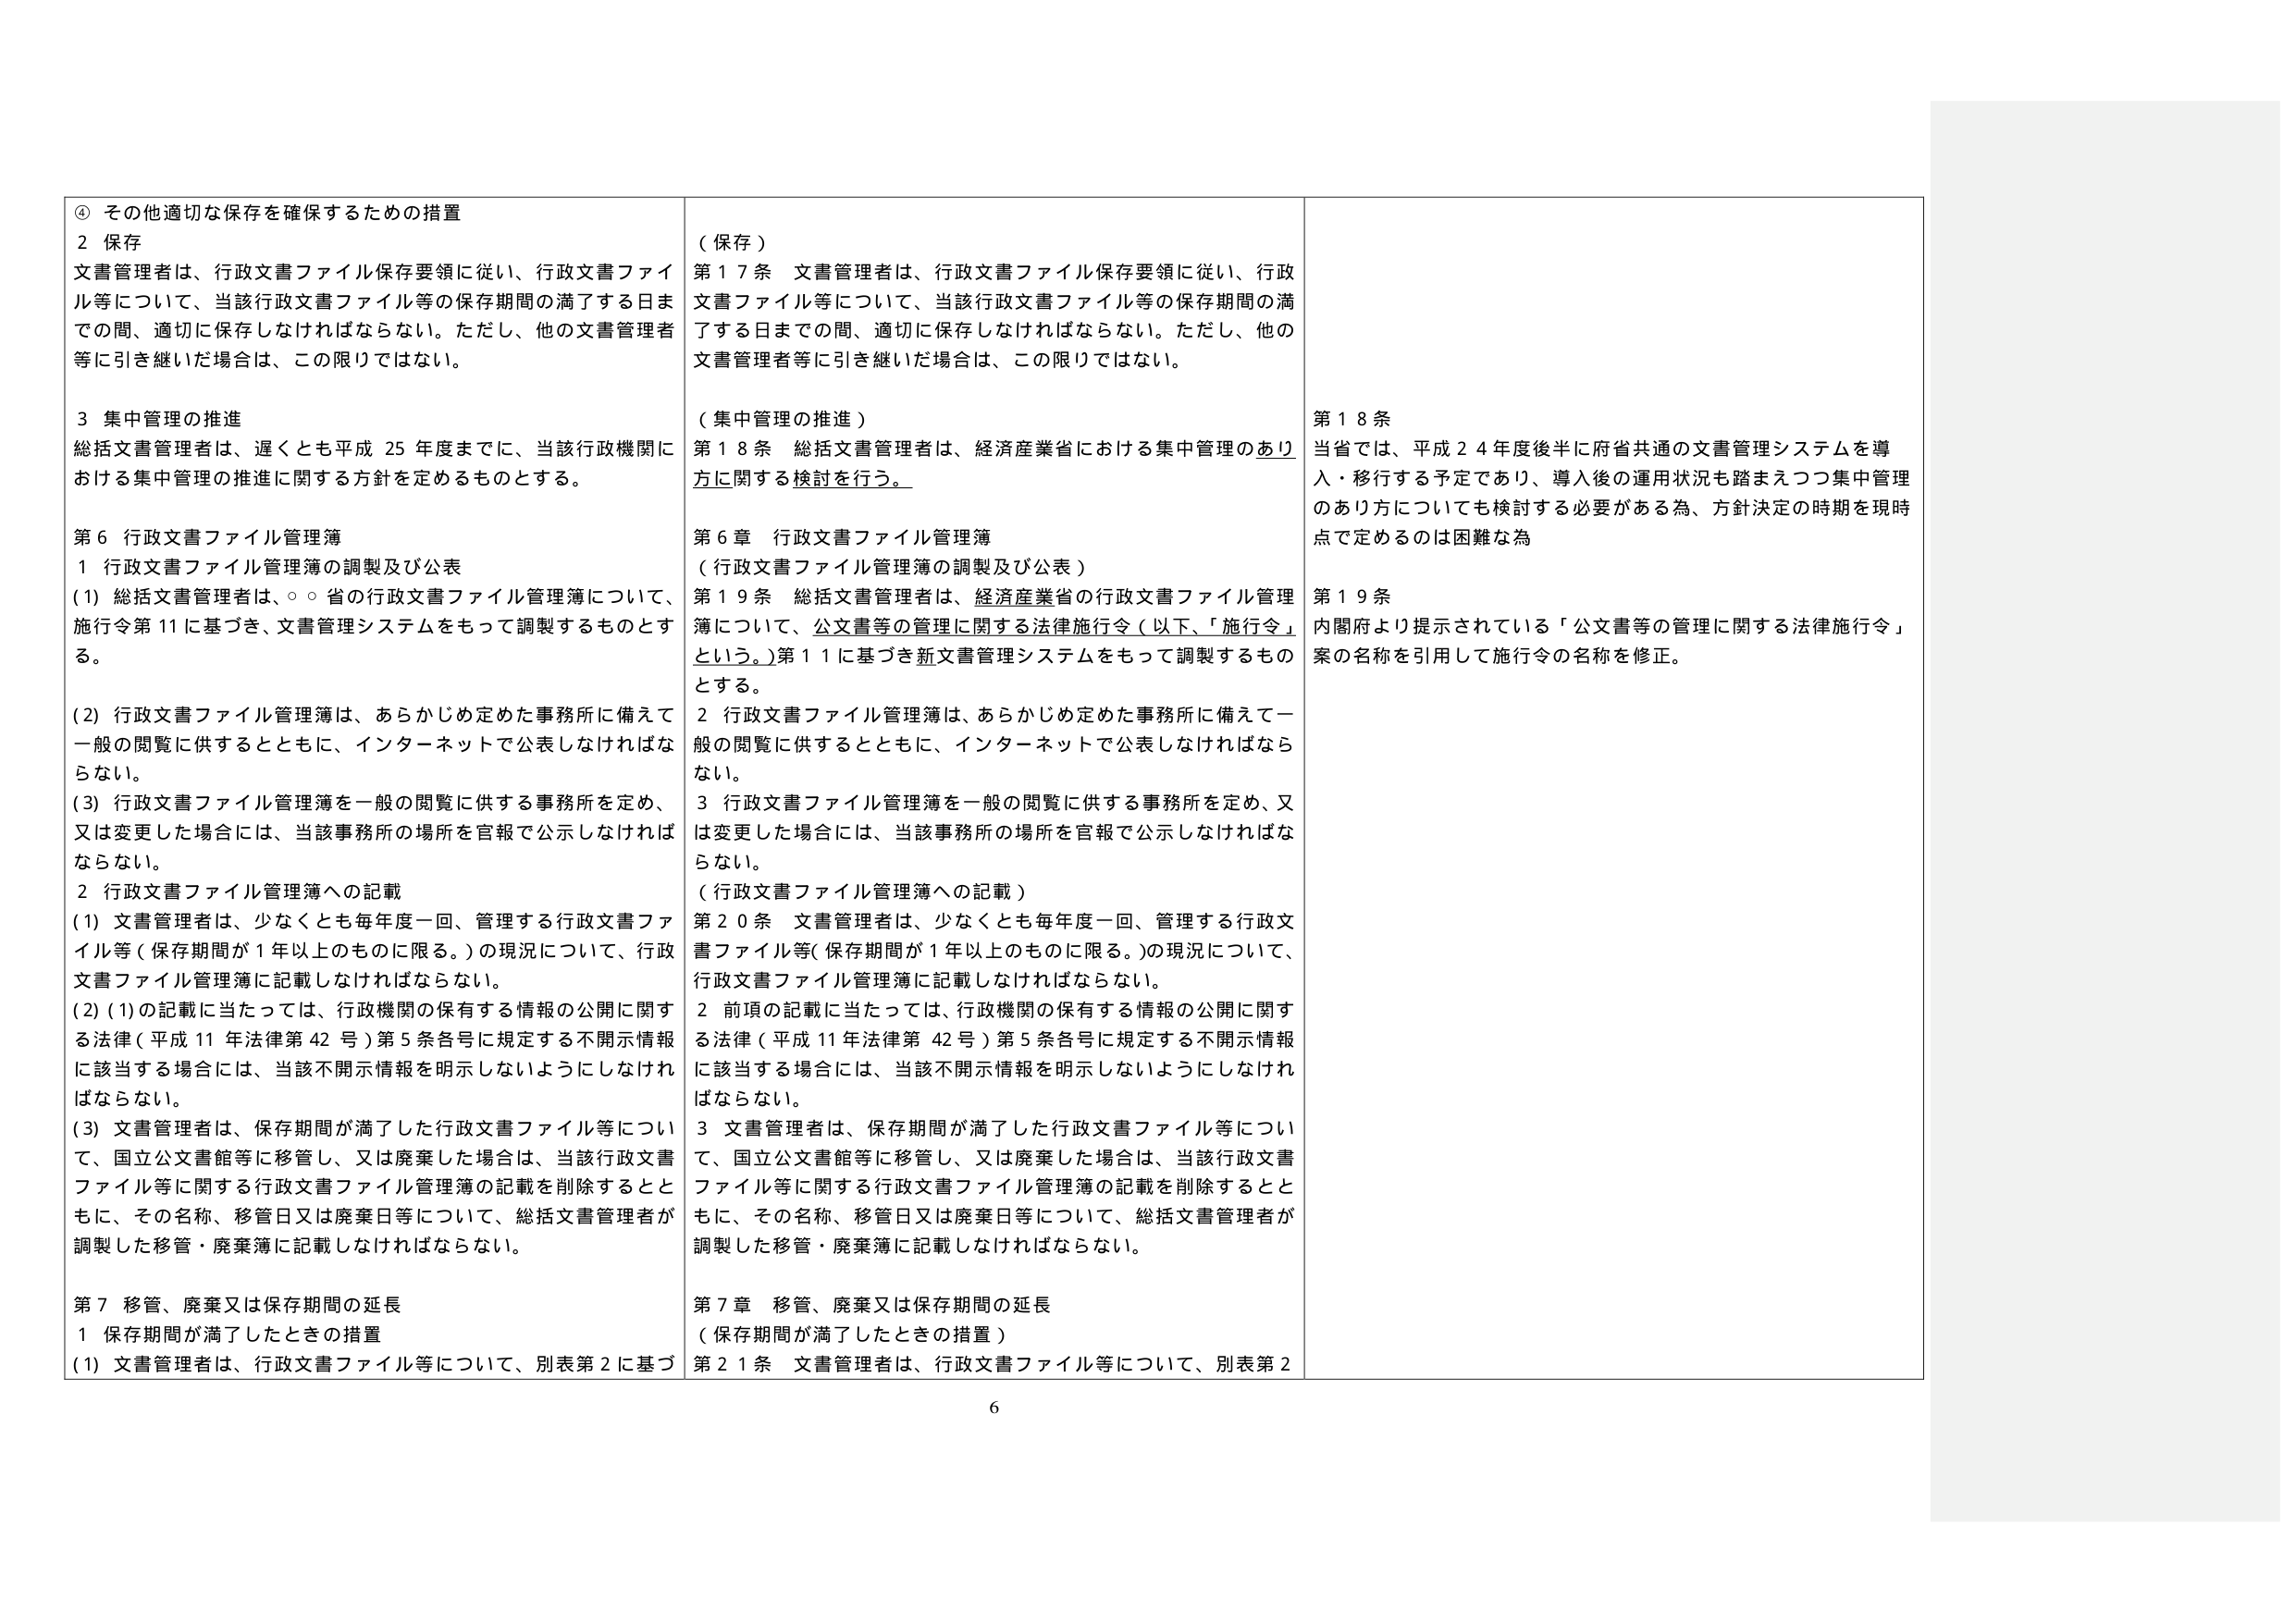
④ その他適切な保存を確保するための措置
2 保存
文書管理者は、行政文書ファイル保存要領に従い、行政文書ファイル等について、当該行政文書ファイル等の保存期間の満了する日までの間、適切に保存しなければならない。ただし、他の文書管理者等に引き継いだ場合は、この限りではない。

3 集中管理の推進
総括文書管理者は、遅くとも平成25年度までに、当該行政機関における集中管理の推進に関する方針を定めるものとする。

第6 行政文書ファイル管理簿
1 行政文書ファイル管理簿の調製及び公表
(1) 総括文書管理者は、○○省の行政文書ファイル管理簿について、施行令第11に基づき、文書管理システムをもって調製するものとする。
(2) 行政文書ファイル管理簿は、あらかじめ定めた事務所に備えて一般の閲覧に供するとともに、インターネットで公表しなければならない。
(3) 行政文書ファイル管理簿を一般の閲覧に供する事務所を定め、又は変更した場合には、当該事務所の場所を官報で公示しなければならない。

2 行政文書ファイル管理簿への記載
(1) 文書管理者は、少なくとも毎年度一回、管理する行政文書ファイル等（保存期間が1年以上のものに限る。）の現況について、行政文書ファイル管理簿に記載しなければならない。
(2) (1)の記載に当たっては、行政機関の保有する情報の公開に関する法律（平成11年法律第42号）第5条各号に規定する不開示情報に該当する場合には、当該不開示情報を明示しないようにしなければならない。
(3) 文書管理者は、保存期間が満了した行政文書ファイル等について、国立公文書館等に移管し、又は廃棄した場合は、当該行政文書ファイル等に関する行政文書ファイル管理簿の記載を削除するとともに、その名称、移管日又は廃棄日等について、総括文書管理者が調製した移管・廃棄簿に記載しなければならない。

第7 移管、廃棄又は保存期間の延長
1 保存期間が満了したときの措置
(1) 文書管理者は、行政文書ファイル等について、別表第2に基づ

（保存）
第17条 文書管理者は、行政文書ファイル保存要領に従い、行政文書ファイル等について、当該行政文書ファイル等の保存期間の満了する日までの間、適切に保存しなければならない。ただし、他の文書管理者等に引き継いだ場合は、この限りではない。

（集中管理の推進）
第18条 総括文書管理者は、経済産業省における集中管理のあり方に関する検討を行う。

第6章 行政文書ファイル管理簿
（行政文書ファイル管理簿の調製及び公表）
第19条 総括文書管理者は、経済産業省の行政文書ファイル管理簿について、公文書等の管理に関する法律施行令（以下、「施行令」という。）第11に基づき新文書管理システムをもって調製するものとする。
2 行政文書ファイル管理簿は、あらかじめ定めた事務所に備えて一般の閲覧に供するとともに、インターネットで公表しなければならない。
3 行政文書ファイル管理簿を一般の閲覧に供する事務所を定め、又は変更した場合には、当該事務所の場所を官報で公示しなければならない。

（行政文書ファイル管理簿への記載）
第20条 文書管理者は、少なくとも毎年度一回、管理する行政文書ファイル等（保存期間が1年以上のものに限る。）の現況について、行政文書ファイル管理簿に記載しなければならない。
2 前項の記載に当たっては、行政機関の保有する情報の公開に関する法律（平成11年法律第42号）第5条各号に規定する不開示情報に該当する場合には、当該不開示情報を明示しないようにしなければならない。
3 文書管理者は、保存期間が満了した行政文書ファイル等について、国立公文書館等に移管し、又は廃棄した場合は、当該行政文書ファイル等に関する行政文書ファイル管理簿の記載を削除するとともに、その名称、移管日又は廃棄日等について、総括文書管理者が調製した移管・廃棄簿に記載しなければならない。

第7章 移管、廃棄又は保存期間の延長
（保存期間が満了したときの措置）
第21条 文書管理者は、行政文書ファイル等について、別表第2

第18条
当省では、平成24年度後半に府省共通の文書管理システムを導入・移行する予定であり、導入後の運用状況も踏まえつつ集中管理のあり方についても検討する必要がある為、方針決定の時期を現時点で定めるのは困難な為

第19条
内閣府より提示されている「公文書等の管理に関する法律施行令」案の名称を引用して施行令の名称を修正。

6